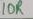
Text: 10R